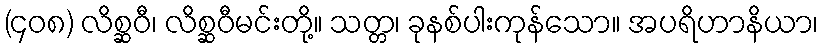
(၄၀၈) လိစ္ဆဝီ၊ လိစ္ဆဝီမင်းတို့။ သတ္တ၊ ခုနစ်ပါးကုန်သော။ အပရိဟာနိယာ၊